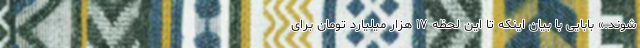
شوند.» بابایی با بیان اینکه تا این لحظه ۱۷ هزار میلیارد تومان برای